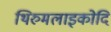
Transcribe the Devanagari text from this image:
थिरुमलाइकोदि